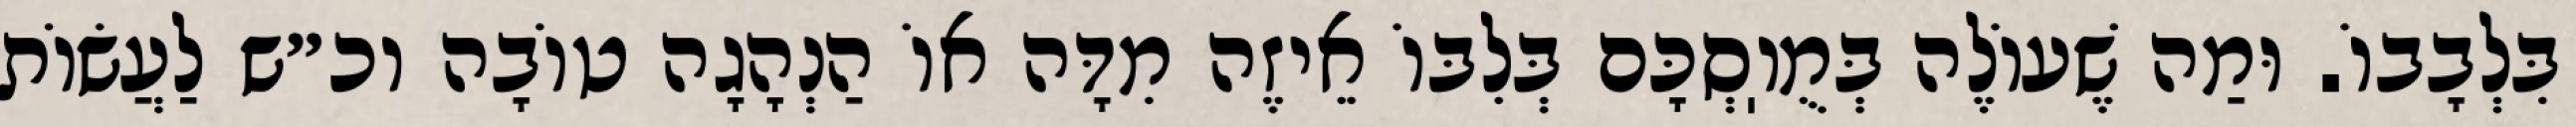
בִּלְבָבוֹ. וּמַה שֶׁעוֹלֶה בְּמֻוֽסְכָּם בְּלִבּוֹ אֵיזֶה מִדָּה אוֹ הַנְהָגָה טוֹבָה וכ״ש לַעֲשׂוֹת